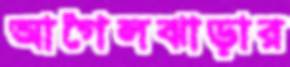
আগৈলঝাড়ার